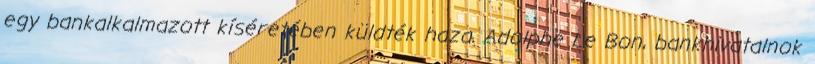
egy bankalkalmazott kíséretében küldték haza. Adolphe Le Bon, bankhivatalnok